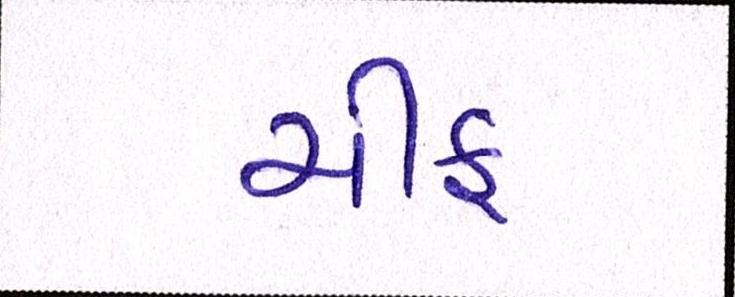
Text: ચીફ